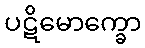
ပဋိမောက္ခော